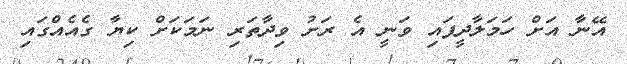
އޭނާ އަށް ހަމަލާދީފައި ވަނީ އެ ރަށު ވިދާތަރި ނަމަކަށް ކިޔާ ގެއެއްގައި